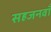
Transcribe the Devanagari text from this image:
सहजनवॉं